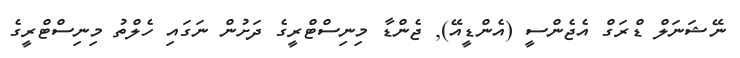
ނޭޝަނަލް ޑްރަގް އެޖެންސީ (އެންޑީއޭ)